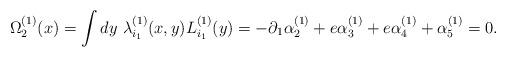
LaTeX: \begin{align*}\Omega^{(1)}_2(x)=\int dy \ \lambda^{(1)}_{i_1}(x,y)L^{(1)}_{i_1}(y)=-\partial_1\alpha^{(1)}_2 + e\alpha^{(1)}_3+ e\alpha^{(1)}_4+\alpha^{(1)}_5=0.\end{align*}